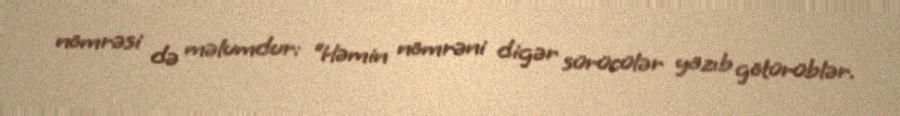
nömrəsi də məlumdur: “Həmin nömrəni digər sürücülər yazıb götürüblər.